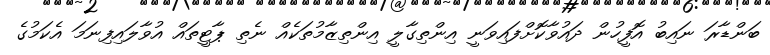
ބަންޑާރަ ނައިބު އޮފީހުން ދައުވާކޮށްފައިވަނީ އިންތިގާލީ އިންތިޒާމުތަކެއް ނެތި ޕާޓީތައް އުވާލައިފިނަމަ އެކަމުގެ